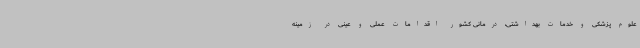
علوم پزشکی و خدمات بهداشتی، درمانی کشور اقدامات عملی و عینی در زمینه